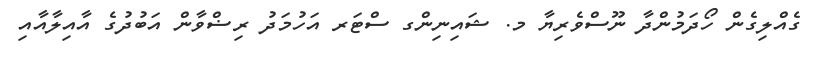
ގެއްލިގެން ހޯދަމުންދާ ނޫސްވެރިޔާ މ. ޝައިނިންގ ސްޓަރ އަހުމަދު ރިޟްވާން އަބުދުގެ އާއިލާއާއި